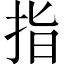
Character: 指